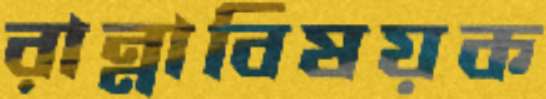
রান্নাবিষয়ক